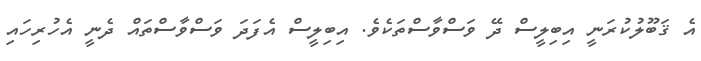
އެ ޤަބޫލުކުރަނީ އިބިލީސް ދޭ ވަސްވާސްތަކެވެ. އިބިލީސް އެފަދަ ވަސްވާސްތައް ދެނީ އެހުރިހައި